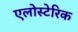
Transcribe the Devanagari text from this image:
एलोस्टेरिक